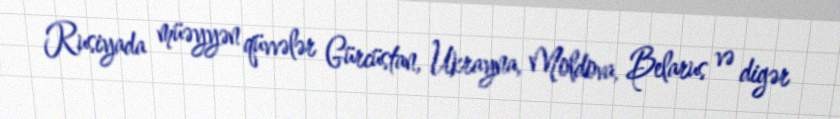
Rusiyada müəyyən qüvvələr Gürcüstan, Ukrayna, Moldova, Belarus və digər